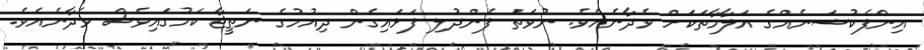
އިންފެކުޝަނެއްގެ އަލާމާތަކަށް ވެދާނެއެވެ. ނުވަތަ ފެންދުލި ފަޅައިގެން ދިއުމުގެ ނަތީޖާ ކަމުގައިވެސް ވެދާނެއެވެ.